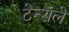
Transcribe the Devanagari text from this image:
टेन्सले